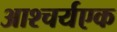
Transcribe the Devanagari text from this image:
आश्चर्यएक